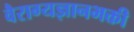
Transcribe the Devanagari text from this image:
वैराग्यज्ञानभक्ती